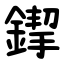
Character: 䤿